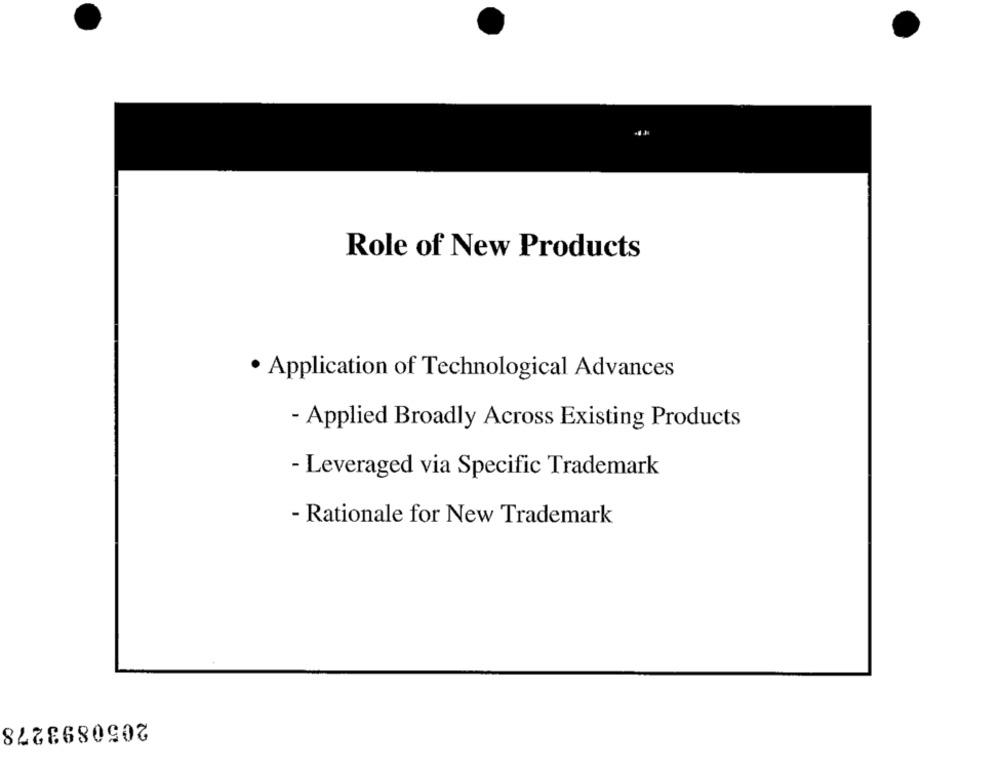
Role of New Products
· Application of Technological Advances
- Applied Broadly Across Existing Products
- Leveraged via Specific Trademark
- Rationale for New Trademark
2050893278